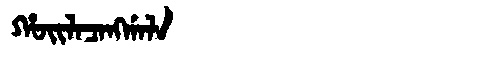
Manchu: ᡥᠣᡳᠯᠠᠴᠠᠩᡤᠠᠯᠠ
Romanization: HOILACANGGALA